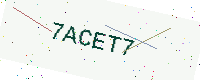
Text: 7ACET7